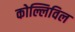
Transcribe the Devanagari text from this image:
कोल्लिविल